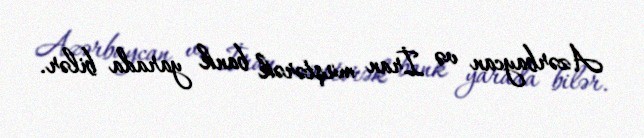
Azərbaycan və İran müştərək bank yarada bilər.